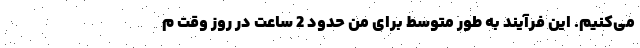
می‌کنیم. این فرآیند به طور متوسط برای من حدود 2 ساعت در روز وقت م